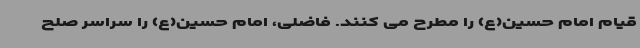
قیام امام حسین(ع) را مطرح می کنند. فاضلی، امام حسین(ع) را سراسر صلح